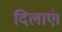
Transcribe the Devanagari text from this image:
दिलाएं।